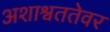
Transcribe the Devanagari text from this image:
अशाश्वततेवर